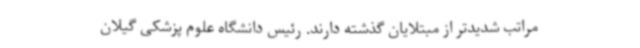
مراتب شدیدتر از مبتلایان گذشته دارند. رئیس دانشگاه علوم پزشکی گیلان